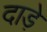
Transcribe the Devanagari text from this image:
दाड़े